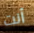
أنت